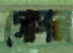
গোপন